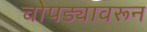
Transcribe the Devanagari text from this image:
चोपड्यावरून